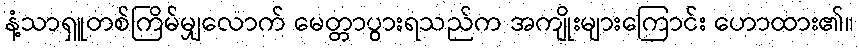
နံ့သာရှူတစ်ကြိမ်မျှလောက် မေတ္တာပွားရသည်က အကျိုးများကြောင်း ဟောထား၏။